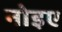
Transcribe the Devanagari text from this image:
नोइए